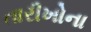
તારીખોના